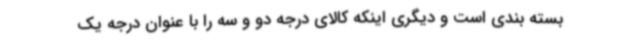
بسته بندی است و دیگری اینکه کالای درجه دو و سه را با عنوان درجه یک